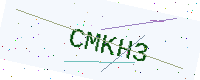
Text: CMKH3